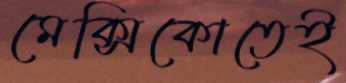
মেক্সিকোতেই